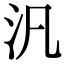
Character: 汎